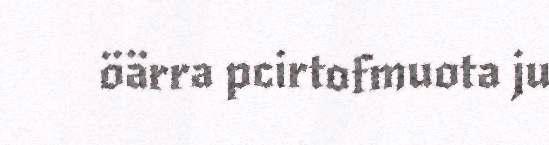
öärra pcirtofmuota ju